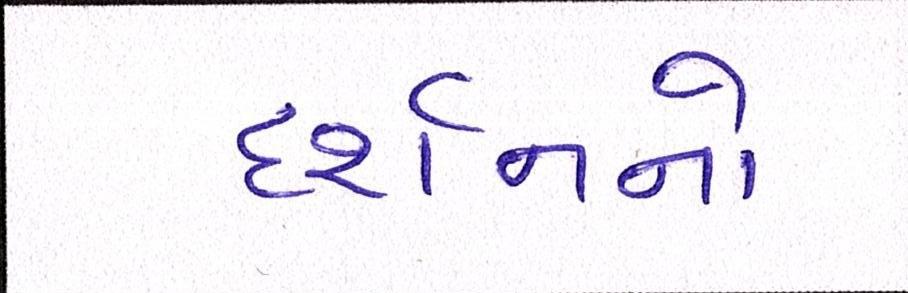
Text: દર્શનનો